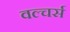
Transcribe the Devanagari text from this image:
वल्चर्स